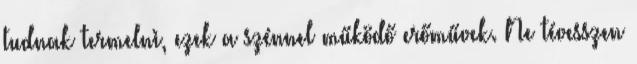
tudnak termelni, ezek a szénnel működő erőművek. Ne tévesszen